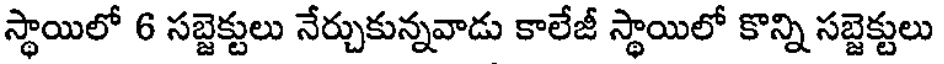
స్థాయిలో 6 సబ్జెక్టులు నేర్చుకున్నవాడు కాలేజీ స్థాయిలో కొన్ని సబ్జెక్టులు